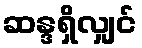
ဆန္ဒရှိလျှင်